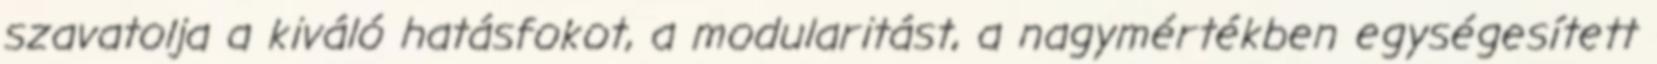
szavatolja a kiváló hatásfokot, a modularitást, a nagymértékben egységesített